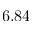
- 6 . 8 4